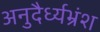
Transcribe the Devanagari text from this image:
अनुदैर्ध्यभ्रंश